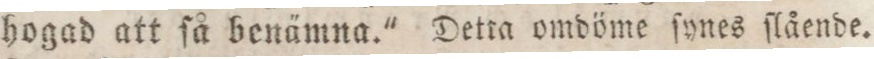
hogad att ſå benämna." Detra omdöme ſynes ſlående.